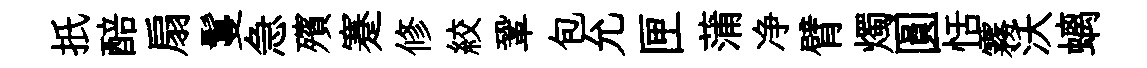
扺醅扇鬘急殯蹇修絞鞏包允匣蒲净臂燭圓恬霧沃螭